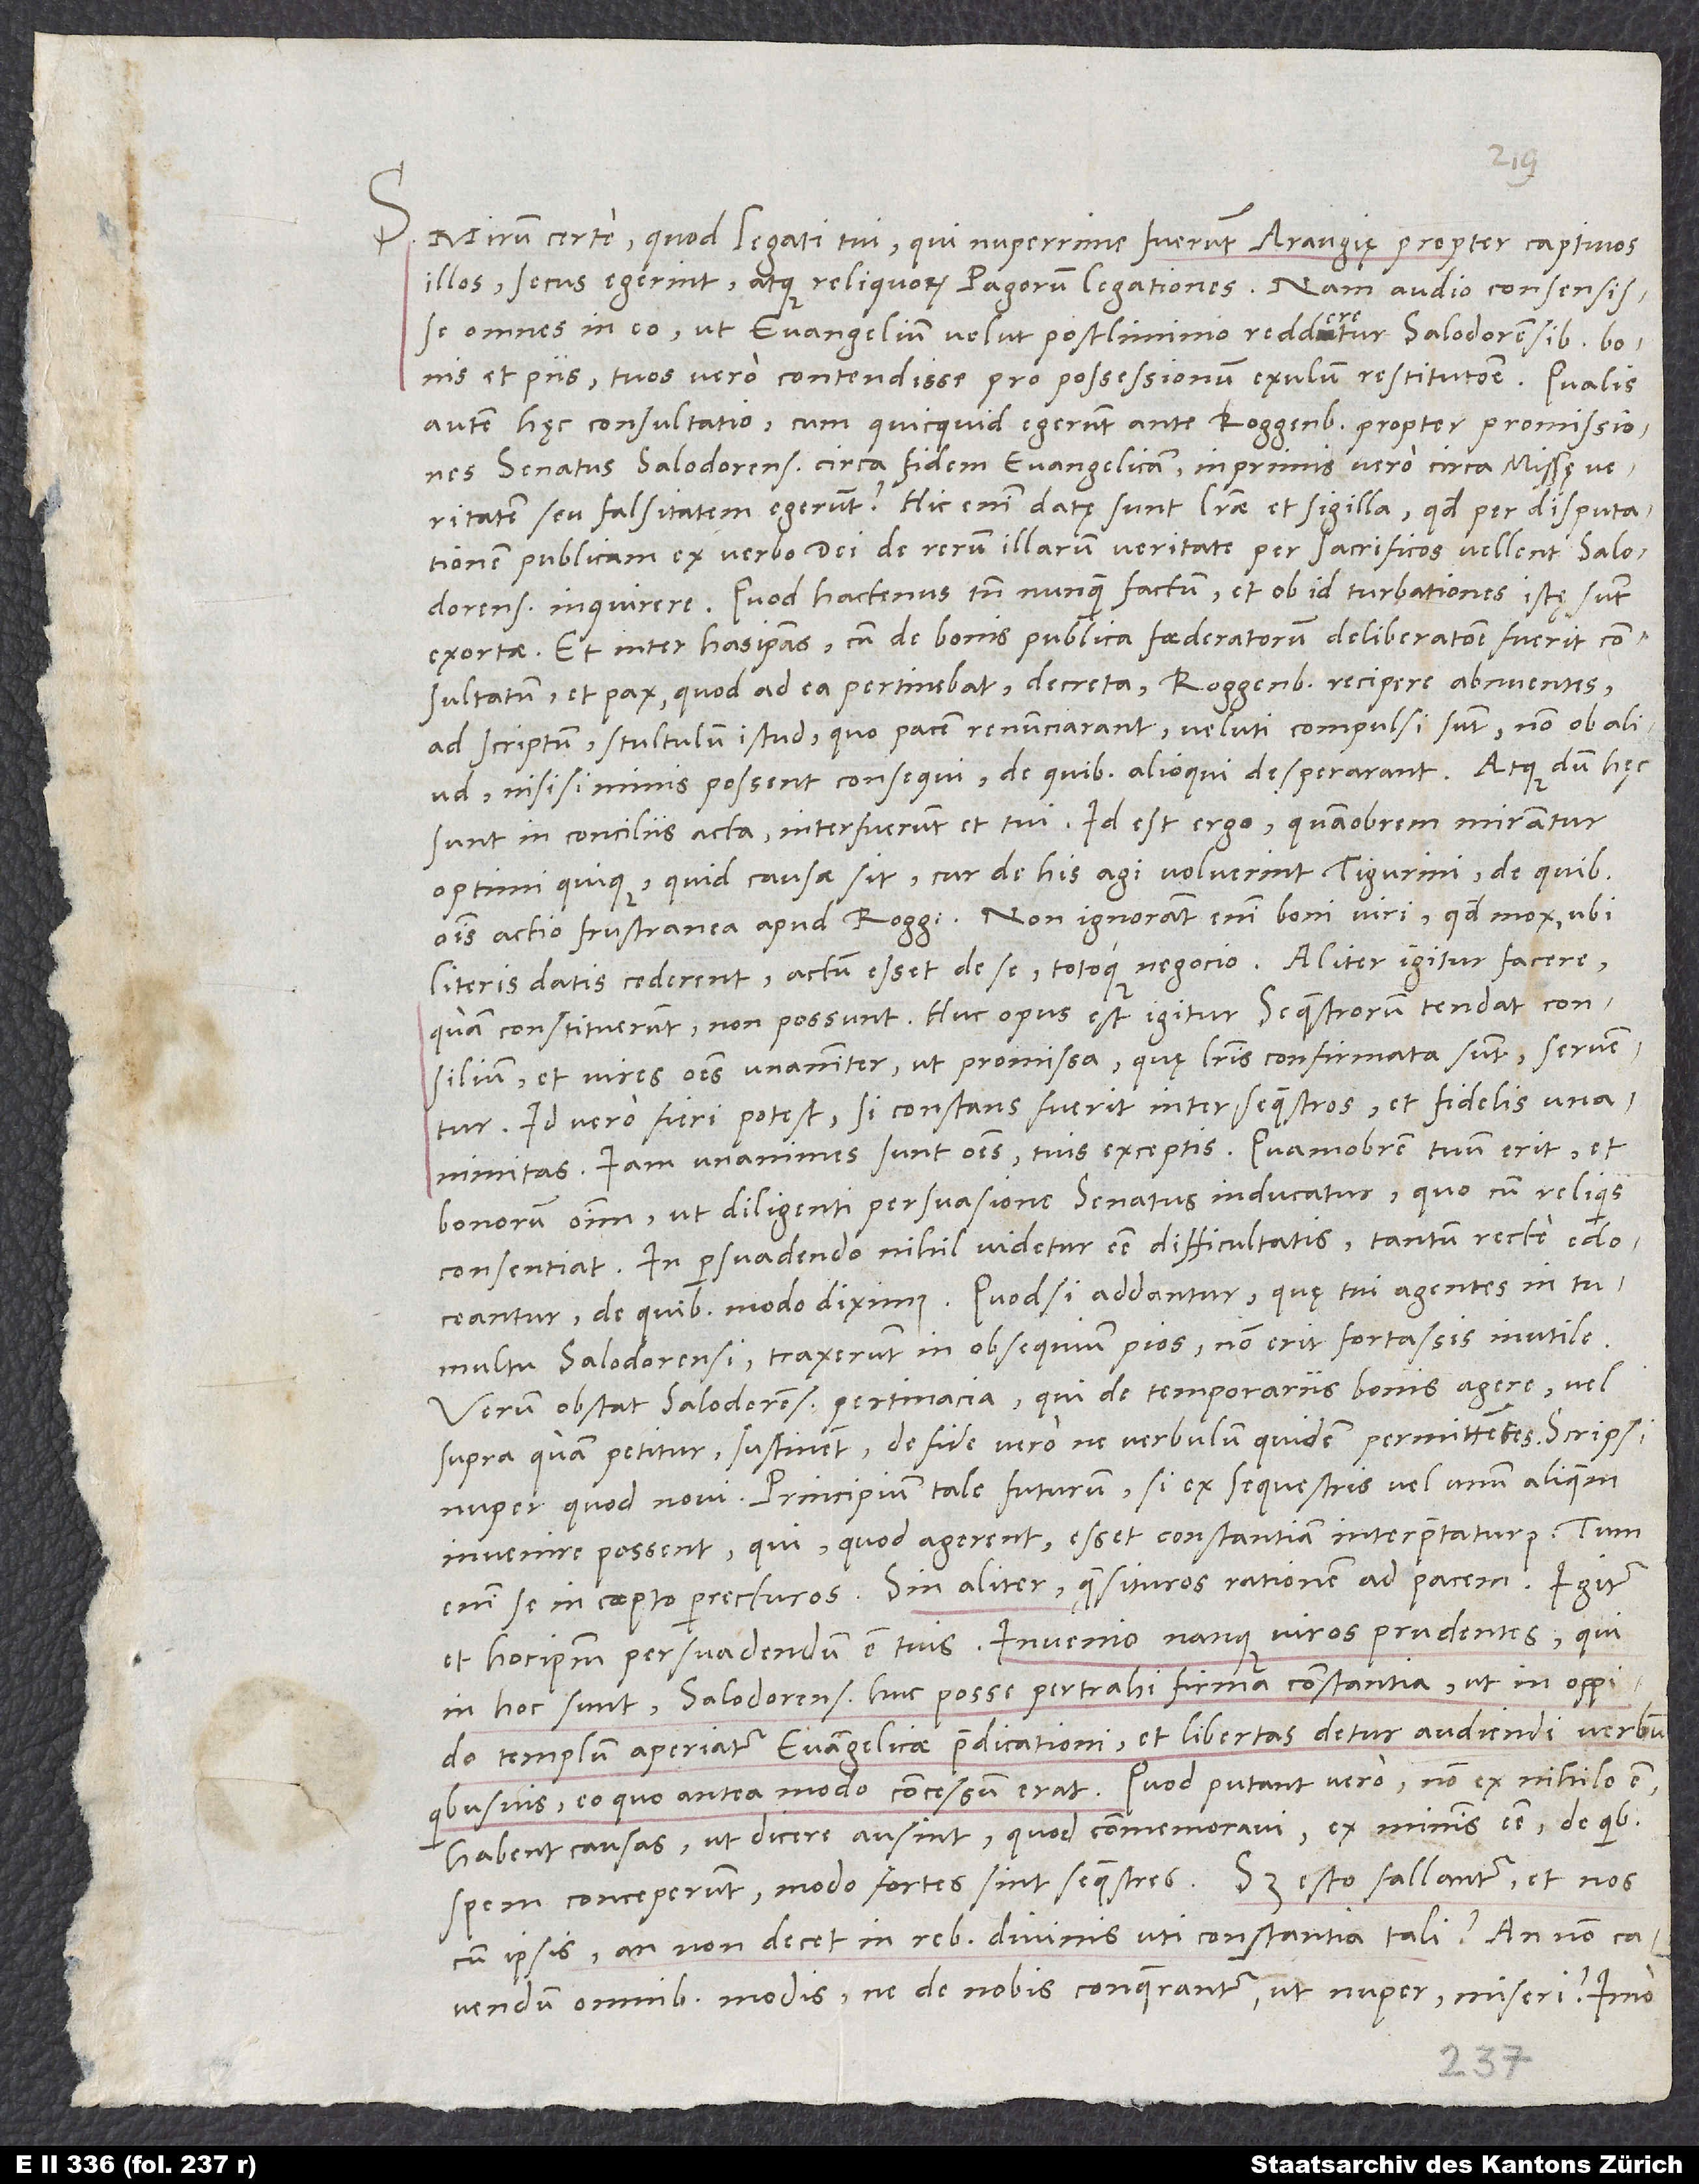
S. Minim certe, quod legati tui, qui nuperrime fuerunt Araugię, propter captivos
illos secus egerint atque reliquorum pagorum legationes. Nam audio consensisse
omnes in eo, ut evangelium velut postliminio redderetur Salodorensibus bonis
et piis, tuos vero contendisse pro possessionum exulum restitutione. Qualis
Quod hactenus tamen nunquam factum, et ob id turbationes istę sunt
exortae. Et inter has ipsas, cum de bonis publica foederatorum deliberatione fuerit
consultatum et pax, quod ad ea pertinebat, decreta, Roggenbachii recipere abnuentes
ad scriptum stultulum istud, quo pacem renunciarant, veluti compulsi sunt, non ob aliud,
nisi si minis possent consequi, de quibus alioqui desperarant. Atque dum hęc
sunt in conciliis acta, interfuerunt et tui. Id est ergo, quamobrem Mirantur
optimi quique, quid causa sit, cur de his agi voluerint Tigurini, de quibus
omnis actio frustranea apud Roggenbachios. Non ignorant enim boni viri, quod, mox ubi
literis datis cederent, actum esset de se totoque negocio. Aliter igitur facere,
quam constituerunt, non possunt. Huc opus est igitur sequestrorum tendat consilium
et vires omnes unanimiter, ut promissa, quę literis confirmata sunt, serventur.
Id vero fieri potest, si constans fuerit inter sequestros et fidelis
unanimitas. Iam unanimes sunt omnes tuis exceptis. Quamobrem tuum erit et
bonorum omnium, ut diligenti persuasione senatus inducatur, quo cum reliquis
consentiat. In persuadendo nihil videtur esse difficultatis; tantum recte edoceantur,
de quibus modo diximus. Quodsi addantur, quę tui agentes in tumultu
Salodorensi traxerunt in obsequium pios, non erit fortassis inutile.
Verum obstat Salodorensium pertinacia, qui de temporariis bonis agere, vel
supra quam petitur, sustinent, de fide vero ne verbulum quidem permittentes. Scripsi
nuper, quod novi: Principium tale futurum, si ex sequestris vel unum aliquem
invenire possent, qui, quod agerent, esset constantiam interpretaturus, tum
enim se in coepto perrecturos. Sin aliter, quaesituros rationem ad pacem. Igitur
et hocipsum persuadendum est tuis. Invenio nanque viros prudentes, qui
in hoc sunt, Salodorenses huc posse pertrahi firma constantia, ut in oppido
templum aperiatur evangelicae praedicationi et libertas detur audiendi verbum
quibusvis, eo quo antea modo concessum erat. Quod putant vero, non ex nihilo est.
Habent causas, ut dicere ausint, quod commemoravi, ex ministris esse, de quibus
spem conceperunt; modo fortes sint sequestres. Sed esto fallantur, et nos
cum ipsis, an non decet in rebus divinis uti constantia tali? An non
cavendum omnibus modis, ne de nobis conquerantur, ut nuper, miseri? Imo